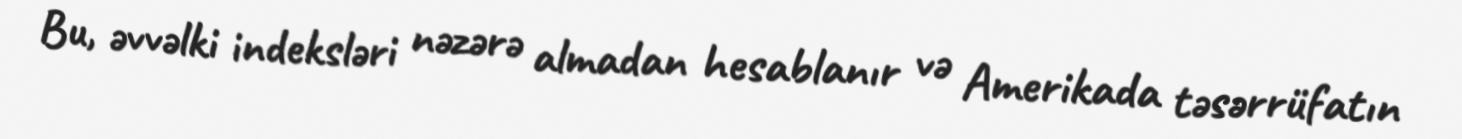
Bu, əvvəlki indeksləri nəzərə almadan hesablanır və Amerikada təsərrüfatın